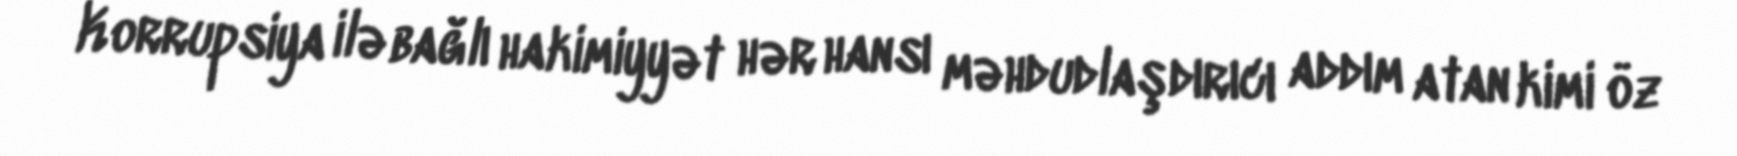
Korrupsiya ilə bağlı hakimiyyət hər hansı məhdudlaşdırıcı addım atan kimi öz